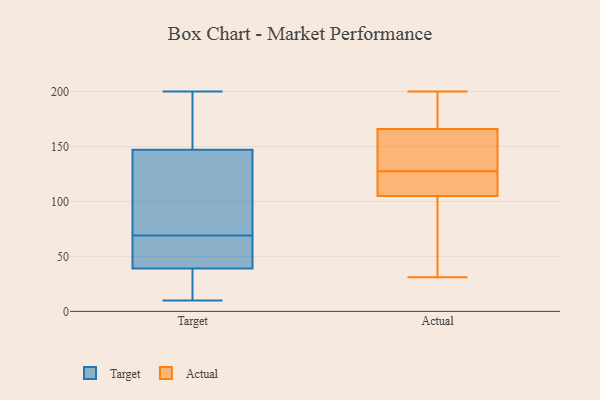
{"axis": {"x": "Budget (USD K)", "y": "Value"}, "legend": ["Actual", "Target"], "data": [{"x": "", "y": 174, "type": "Target"}, {"x": "", "y": 179, "type": "Target"}, {"x": "", "y": 47, "type": "Target"}, {"x": "", "y": 24, "type": "Target"}, {"x": "", "y": 58, "type": "Target"}, {"x": "", "y": 78, "type": "Target"}, {"x": "", "y": 104, "type": "Target"}, {"x": "", "y": 124, "type": "Target"}, {"x": "", "y": 39, "type": "Target"}, {"x": "", "y": 169, "type": "Target"}, {"x": "", "y": 34, "type": "Target"}, {"x": "", "y": 101, "type": "Target"}, {"x": "", "y": 10, "type": "Target"}, {"x": "", "y": 200, "type": "Target"}, {"x": "", "y": 60, "type": "Target"}, {"x": "", "y": 147, "type": "Target"}, {"x": "", "y": 17, "type": "Target"}, {"x": "", "y": 45, "type": "Target"}, {"x": "", "y": 68, "type": "Actual"}, {"x": "", "y": 105, "type": "Actual"}, {"x": "", "y": 117, "type": "Actual"}, {"x": "", "y": 127, "type": "Actual"}, {"x": "", "y": 65, "type": "Actual"}, {"x": "", "y": 138, "type": "Actual"}, {"x": "", "y": 196, "type": "Actual"}, {"x": "", "y": 135, "type": "Actual"}, {"x": "", "y": 177, "type": "Actual"}, {"x": "", "y": 200, "type": "Actual"}, {"x": "", "y": 128, "type": "Actual"}, {"x": "", "y": 109, "type": "Actual"}, {"x": "", "y": 166, "type": "Actual"}, {"x": "", "y": 31, "type": "Actual"}, {"x": "", "y": 164, "type": "Actual"}, {"x": "", "y": 179, "type": "Actual"}, {"x": "", "y": 55, "type": "Actual"}, {"x": "", "y": 106, "type": "Actual"}]}